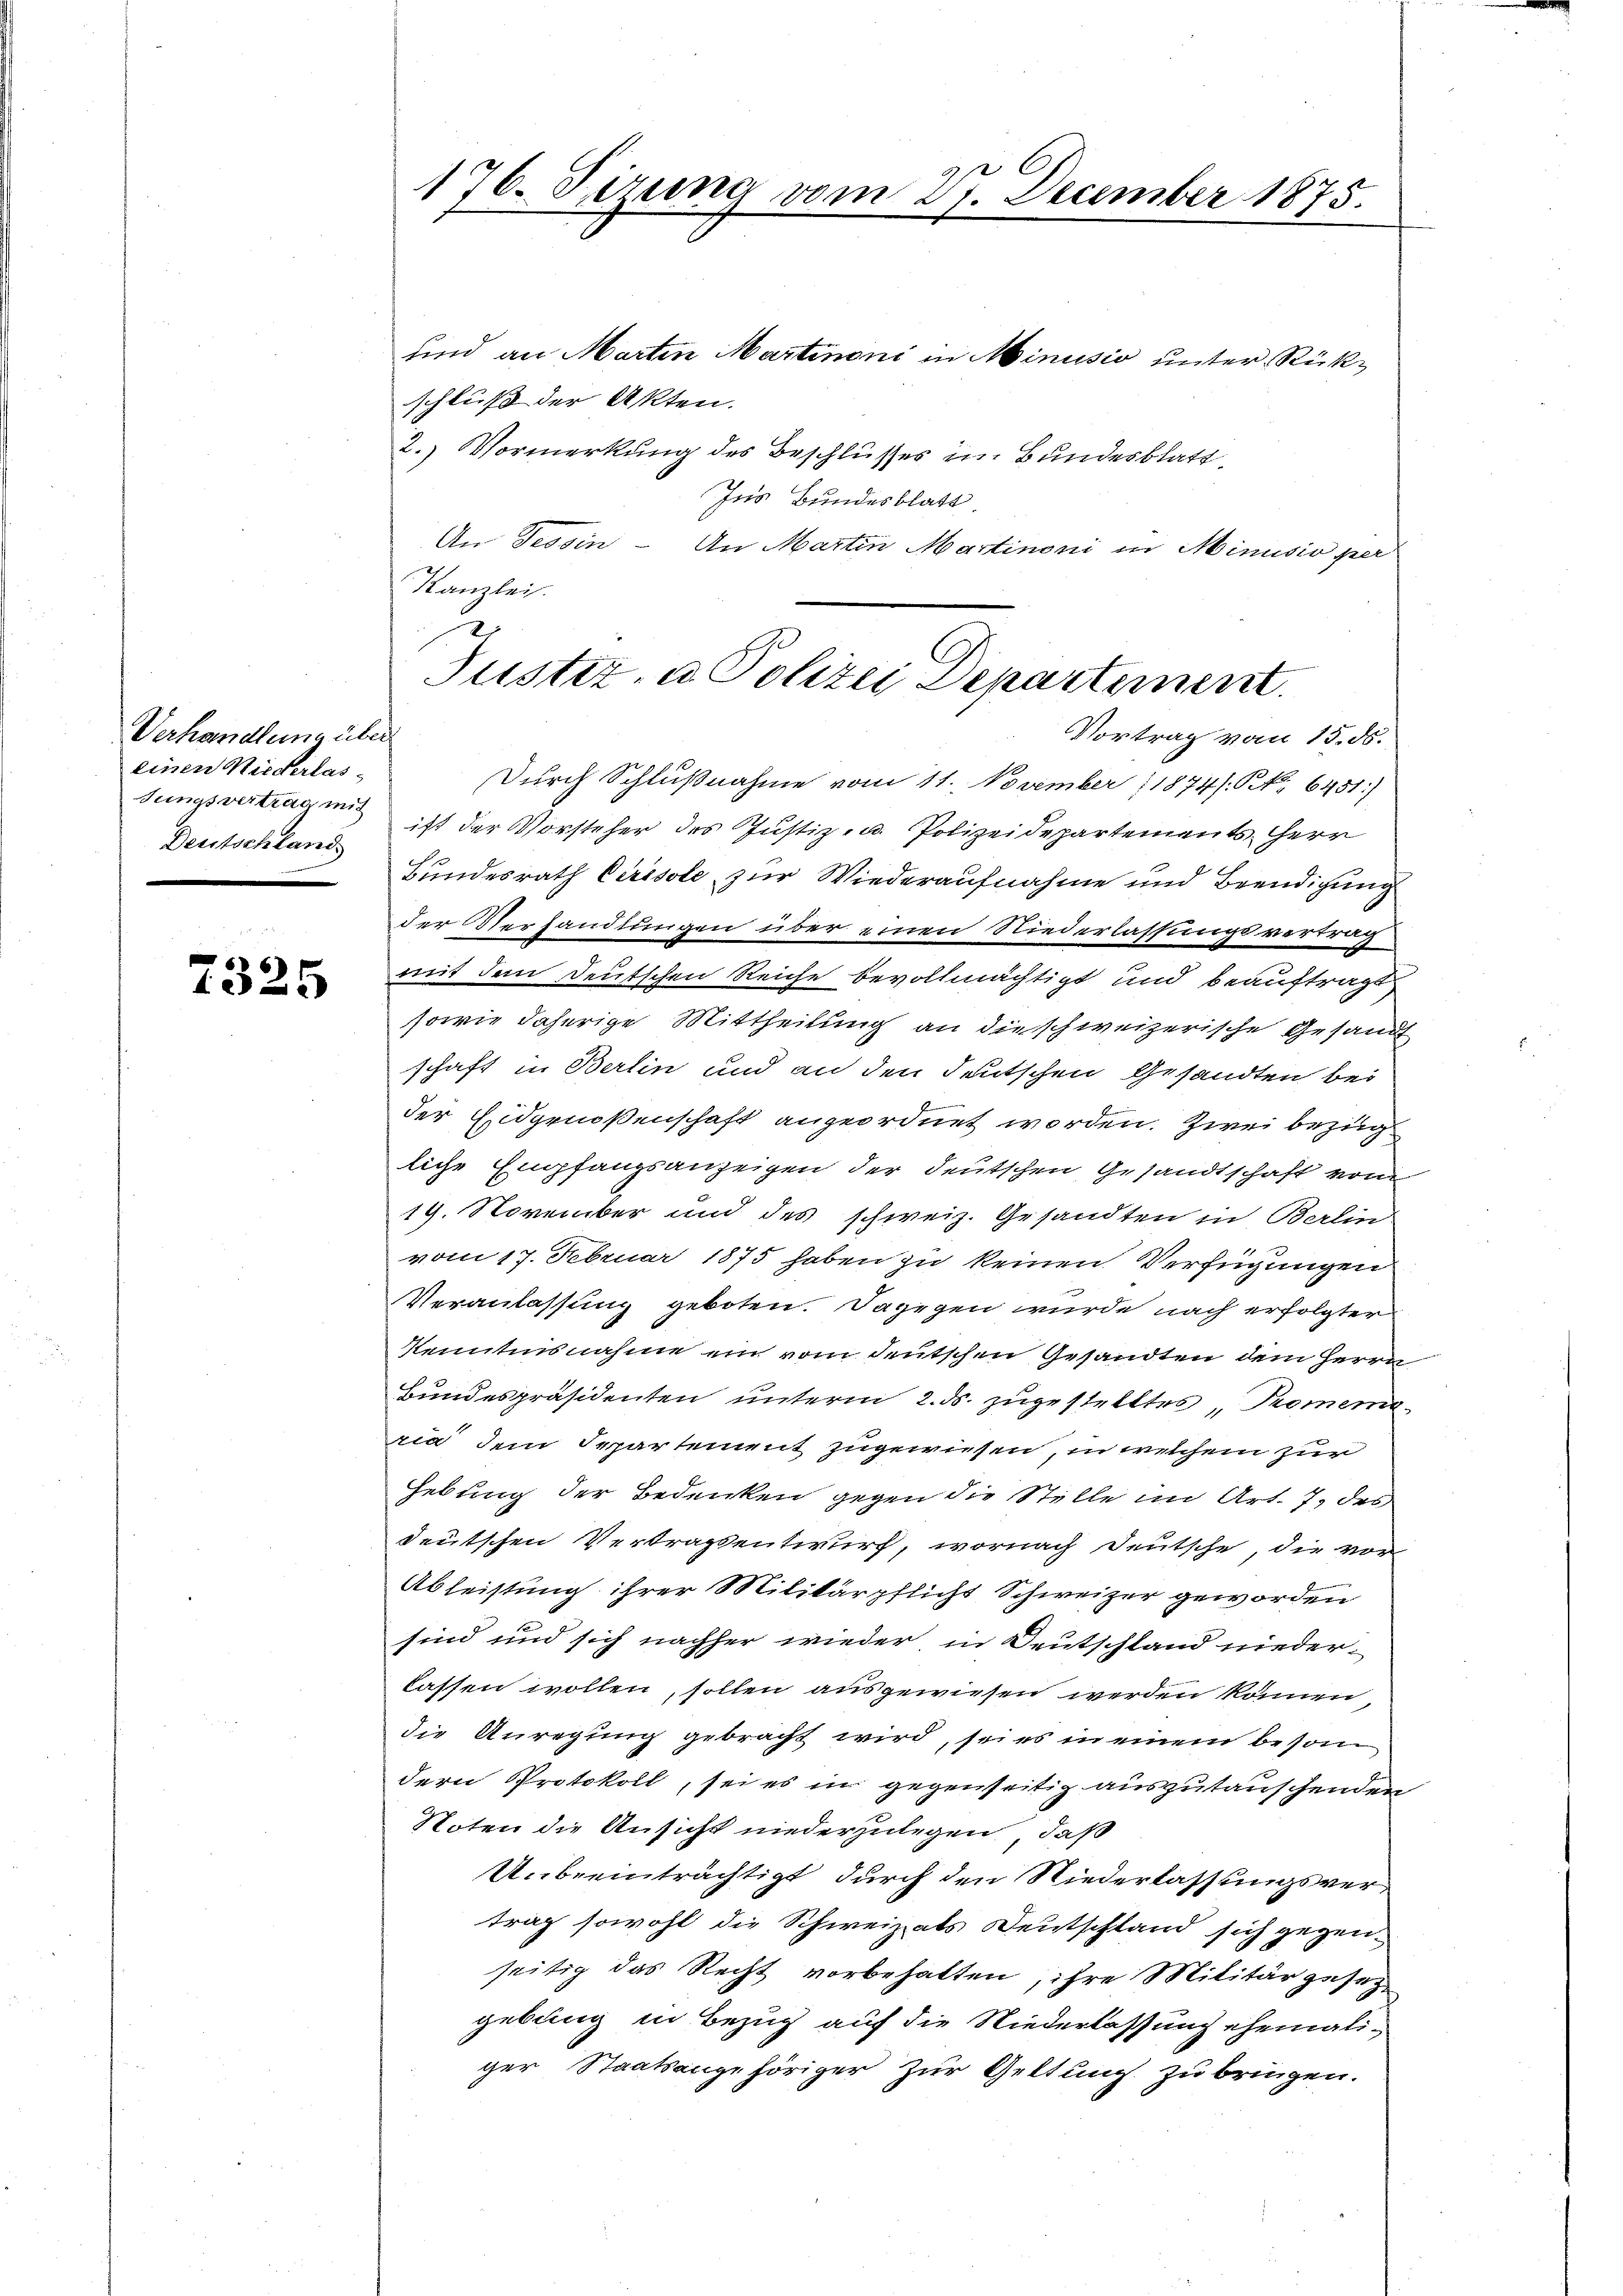
Verhandlung über
einen Niederlas-
Sungsvertrag mit
Deutschland.
e

7325

176. Sirna vom 27. December 1875.

und an Marten Martinoni in Minusio unter Rückschluß der Akten.
2.) Vormerkung des Beschlusses in Bundesblatt,
Ins Bundesblatt
An Tessin - An Martin Martinoni in Minusio per
Durch Schlußnahme vom 11. November 1874. N. N. 6451)
ist der Vorsteher des Justiz- u. Polizeidepartements Herr
Bundesrath Cirésole zur Wiederaufnahme und Beendigung
der Verhandlungen über einen Niederlassungsvertrag
mit dem Deutschen Reiche bevollmächtigt und beauftragt
sowie daherige Mittheilung an die schweizerische Gesandt
schaft in Berlin und an den deutschen Gesandten bei
der Eidgenoßenschaft angeordnet worden. Zwei Bezug
liche Empfangsanzeigen der deutschen Gesandtschaft vom
19. November und des schweiz. Gesandten in Berlin-
vom 17. Februar 1875 haben zu keinen Verfügungen
Veranlassung geboten. Dagegen wurde nach erfolgter
Kenntnisnahme ein vom deutschen Gesandten dem Herrn
Bundespräsidenten unterm 2. ds. zugestelltes Promemoria dem Separtement zugewiesen, in welchem zur
Hebung der Bedenken gegen die Stelle im Art. 7. des
deutschen Vertragsentwurf, wornach Deutsche, die vor
Ableistung ihrer Militärpflicht Schweizer geworden
sind und sich nachher wieder in Deutschland niederlassen wollen, sollen ausgewiesen werden können
die Anregung gebracht wird, sei es in einem beson
dern Protokoll, sei es in gegenseitig auszutauschenden
Noten die Ansicht niederzulegen, daß
Unbeeinträchtigt, durch den Niederlassungsvertrag sowohl die Schweizats Deutschland sich gegenseitig das Recht vorbehalten, ihre Militärgesezgebung in Bezug auf die Niederlassung ehemaliger Staatsangehöriger zur Geltung zu bringen.

Kanzlei.
J
Justiz- u Polizei Departement.
Vortrag vom 15. ds.